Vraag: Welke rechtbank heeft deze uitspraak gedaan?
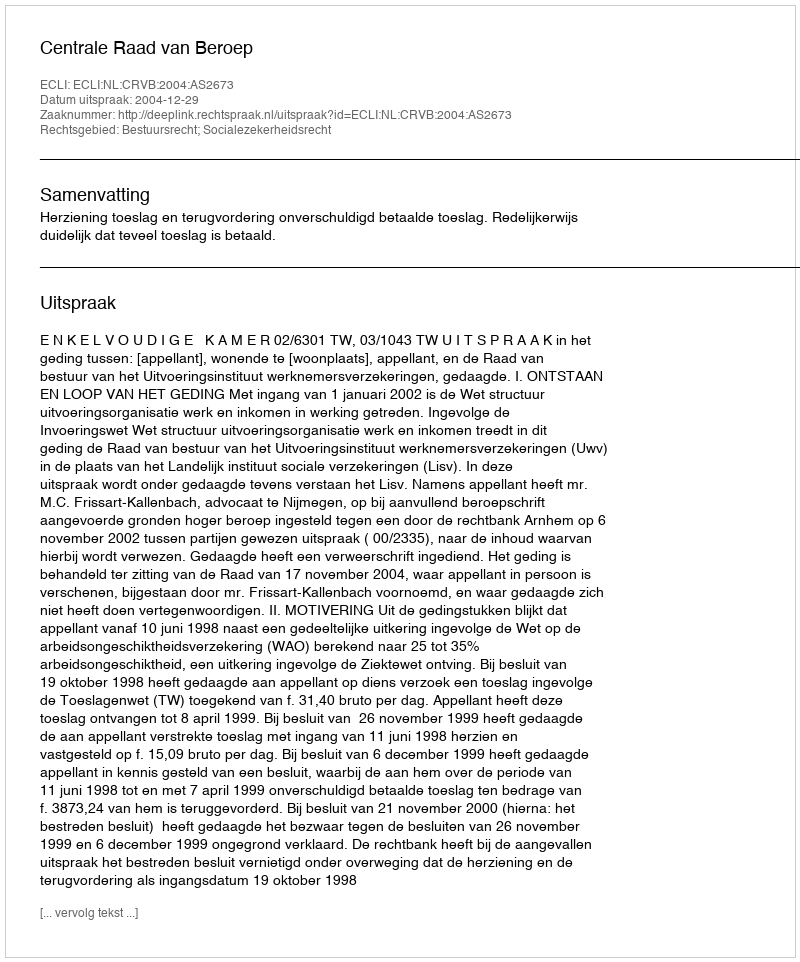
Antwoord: Centrale Raad van Beroep